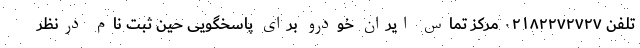
تلفن ۰۲۱۸۲۲۷۲۷۲۷ مرکز تماس ایران خودرو برای پاسخگویی حین ثبت نام درنظر